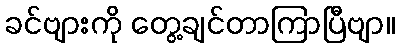
ခင်ဗျားကို တွေ့ချင်တာကြာပြီဗျာ။